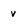
Character: v